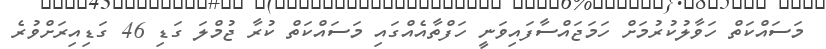
މަސައްކަތް ހަވާލުކުރުމަށް ހަމަޖައްސާފައިވަނީ ހަފްތާއެއްގައި މަސައްކަތް ކުރާ ޖުމްލަ ގަޑި 46 ގަޑިއިރަށްވުރެ